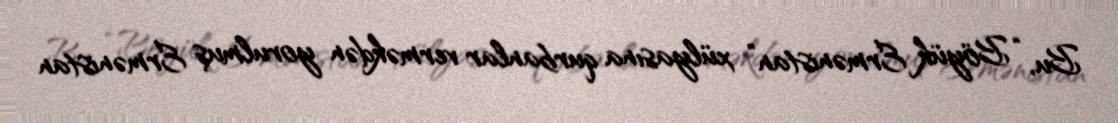
Bu, “Böyük Ermənistan” xülyasına qurbanlar verməkdən yorulmuş Ermənistan